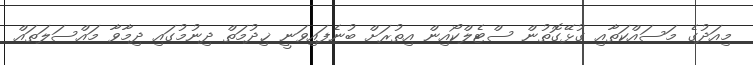
މިއަދުގެ މަސައްކަތާއި ގުޅޭގޮތުން ސްޓެލްކޯއިން އިތުރަށް ބުނެފައިވަނީ ޚިދުމަތް ދިނުމުގައި ދިމާވާ މައްސަލަތައް